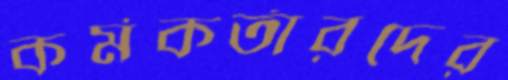
কর্মকর্তারদের